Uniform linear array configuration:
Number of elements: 4
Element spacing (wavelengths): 0.25
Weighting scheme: cosine
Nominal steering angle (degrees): -30
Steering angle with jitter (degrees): -30.572
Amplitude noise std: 0.05
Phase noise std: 0.05

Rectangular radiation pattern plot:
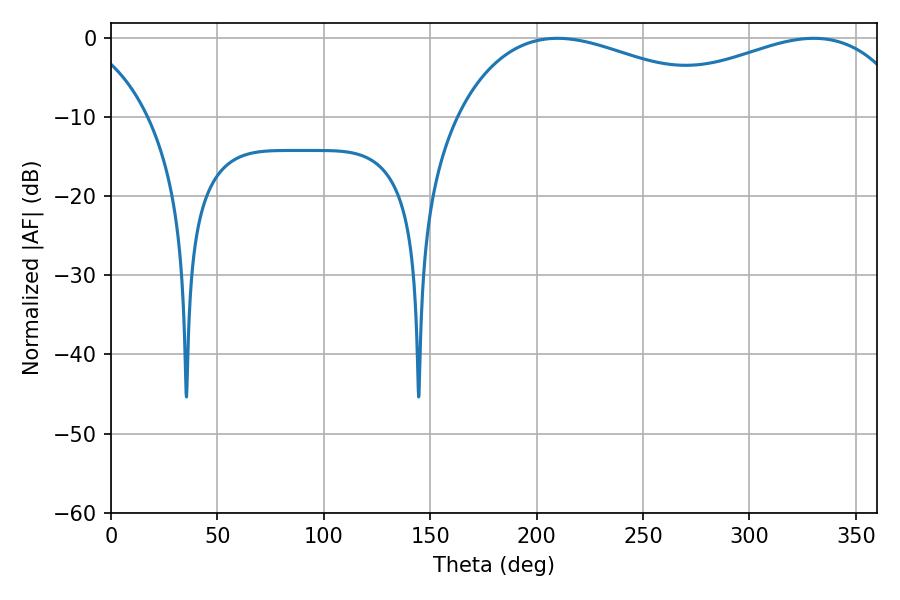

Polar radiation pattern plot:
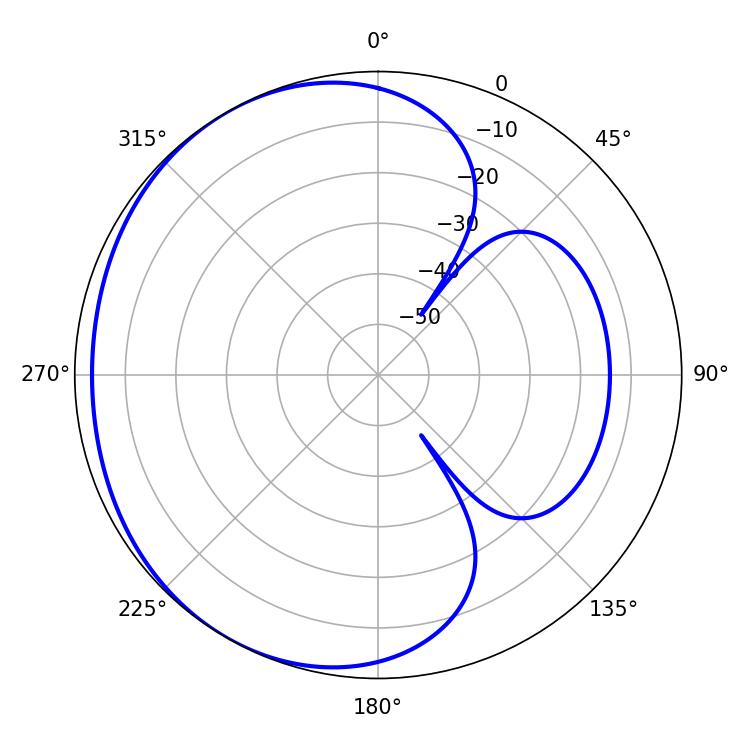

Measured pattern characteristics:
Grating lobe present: FALSE
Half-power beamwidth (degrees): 74.88
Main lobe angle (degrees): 209.7